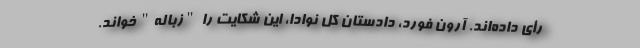
رأی داده‌اند. آرون فورد، دادستان کل نوادا، این شکایت را "زباله" خواند.